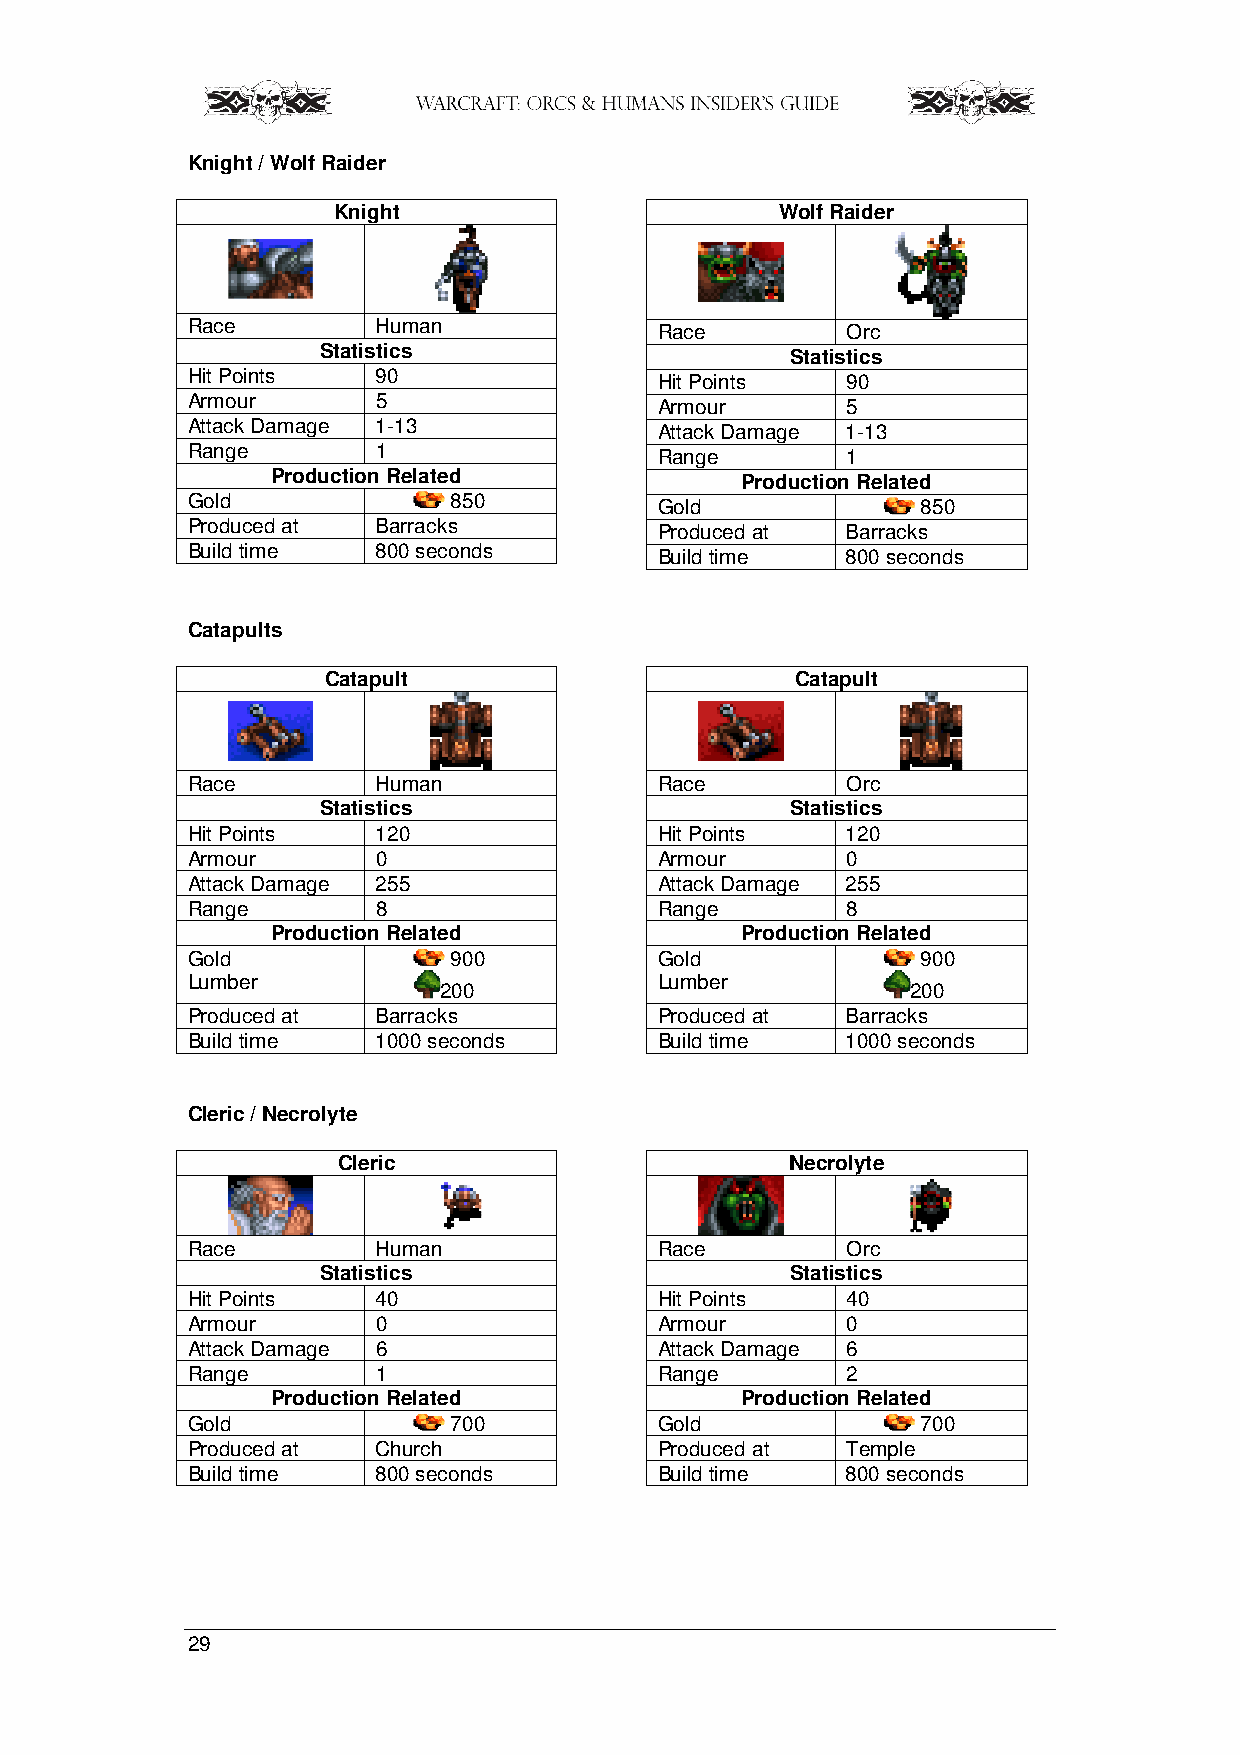
Knight / Wolf Raider
 Knight                        Wolf Raider
 Race         Human              Race        Orc
 Statistics                     Statistics
 Hit Points   90                 Hit Points  90
 Armour       5                  Armour      5
 Attack Damage 1-13              Attack Damage 1-13
 Range        1                  Range       1
 Production Related             Production Related
 Gold              850           Gold             850
 Produced at  Barracks           Produced at Barracks
 Build time   800 seconds        Build time  800 seconds
 Catapults
 Catapult                       Catapult
 Race         Human              Race        Orc
 Statistics                     Statistics
 Hit Points   120                Hit Points  120
 Armour       0                  Armour      0
 Attack Damage 255               Attack Damage 255
 Range        8                  Range       8
 Production Related             Production Related
 Gold              900           Gold             900
 Lumber                          Lumber
 200                            200
 Produced at  Barracks           Produced at Barracks
 Build time   1000 seconds       Build time  1000 seconds
 Cleric / Necrolyte
 Cleric                        Necrolyte
 Race         Human              Race        Orc
 Statistics                     Statistics
 Hit Points   40                 Hit Points  40
 Armour       0                  Armour      0
 Attack Damage 6                 Attack Damage 6
 Range        1                  Range       2
 Production Related             Production Related
 Gold              700           Gold             700
 Produced at  Church             Produced at Temple
 Build time   800 seconds        Build time  800 seconds
 29